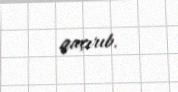
qaçırıb.